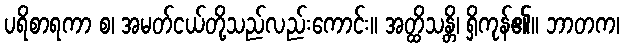
ပရိစာရကာ စ၊ အမတ်ငယ်တို့သည်လည်းကောင်း။ အတ္ထိသန္တိ၊ ရှိကုန်၏။ ဘာတက၊